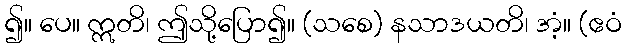
၍။ ပေ။ ဣတိ၊ ဤသို့ပြော၍။ (သစေ) နသာဒယတိ၊ အံ့။ (ဧဝံ